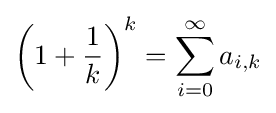
\left(1+{\frac {1}{k}}\right)^{k}=\sum _{i=0}^{\infty }a_{i,k}